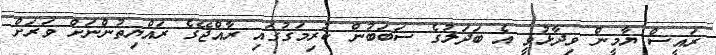
ރައީސް ޔާމީން ވިދާޅުވީ އެ ބަދަލުގެ ސަބަބުން ކުރިމަގުގައި ރާއްޖޭގެ ރައްޔިތުންނަށް ވަރަށް